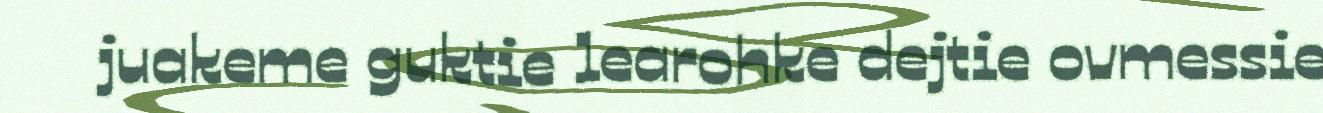
juakeme guktie learohke dejtie ovmessie